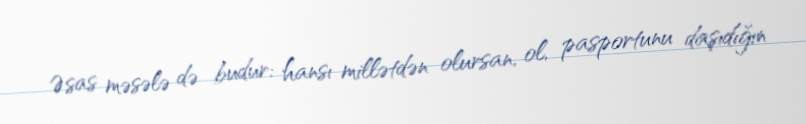
Əsas məsələ də budur: hansı millətdən olursan, ol, pasportunu daşıdığın